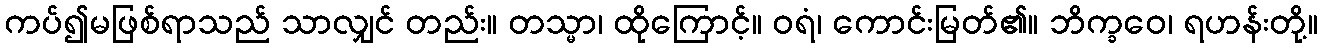
ကပ်၍မဖြစ်ရာသည် သာလျှင် တည်း။ တသ္မာ၊ ထိုကြောင့်။ ဝရံ၊ ကောင်းမြတ်၏။ ဘိက္ခဝေ၊ ရဟန်းတို့။